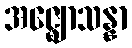
အဇ္ဈောသန္နာ